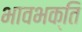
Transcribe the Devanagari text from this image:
भावभक्ति